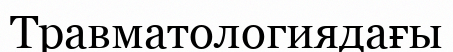
Травматологиядағы